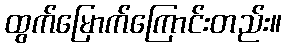
ထွက်မြောက်ကြောင်းတည်း။